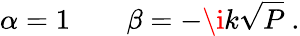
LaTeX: \alpha=1\qquad\beta=-\i k\sqrt{P}\ .